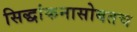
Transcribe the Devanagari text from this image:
सिद्धांकनासोबतच